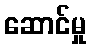
ဆောင်မှု